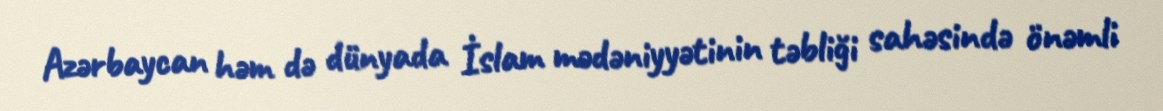
Azərbaycan həm də dünyada İslam mədəniyyətinin təbliği sahəsində önəmli